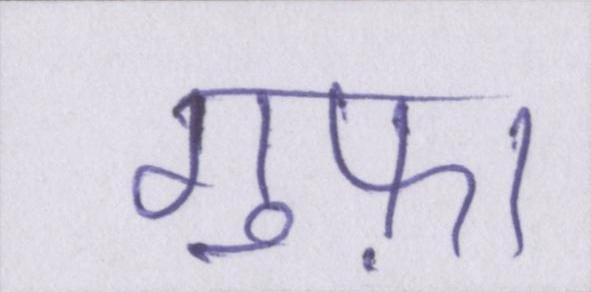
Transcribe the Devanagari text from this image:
गुफ़ा